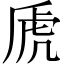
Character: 虒